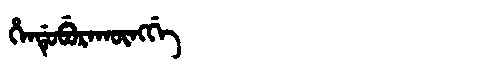
Manchu: ᡥᡝᠨᡩᡠᠪᡠᡵᠠᡴᡡᠩᡤᡝ
Romanization: HENDUBURAKŪNGGE